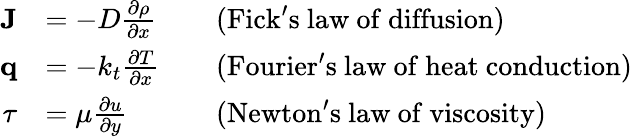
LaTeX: {\begin{array}{rlrl}{\mathbf{J}}&{=-D{\frac{\partial\rho}{\partial x}}}&&{{\mathrm{(Fick's~law~of~diffusion)}}}\\ {\mathbf{q}}&{=-k_{t}{\frac{\partial T}{\partial x}}}&&{{\mathrm{(Fourier's~law~of~heat~conduction)}}}\\ {\tau}&{=\mu{\frac{\partial u}{\partial y}}}&&{{\mathrm{(Newton's~law~of~viscosity)}}}\end{array}}